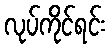
လုပ်ကိုင်ရင်း